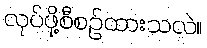
လုပ်ဖို့စီစဉ်ထားသလဲ။